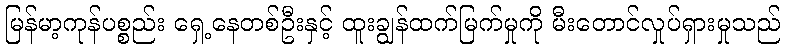
မြန်မာ့ကုန်ပစ္စည်း ရှေ့နေတစ်ဦးနှင့် ထူးချွန်ထက်မြက်မှုကို မီးတောင်လှုပ်ရှားမှုသည်